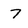
Character: 7